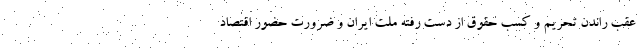
عقب راندن تحریم و کسب حقوق از دست رفته ملت ایران و ضرورت حضور اقتصاد